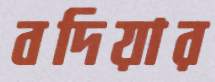
বদিয়ার